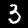
Label: 3